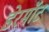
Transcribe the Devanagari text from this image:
डेरमॉट